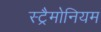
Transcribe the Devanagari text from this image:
स्ट्रैमोनियम